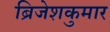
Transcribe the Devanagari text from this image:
ब्रिजेशकुमार